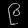
Digit: ၉